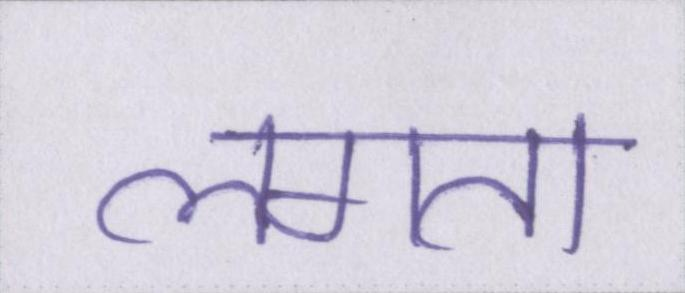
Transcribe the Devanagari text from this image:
लगता